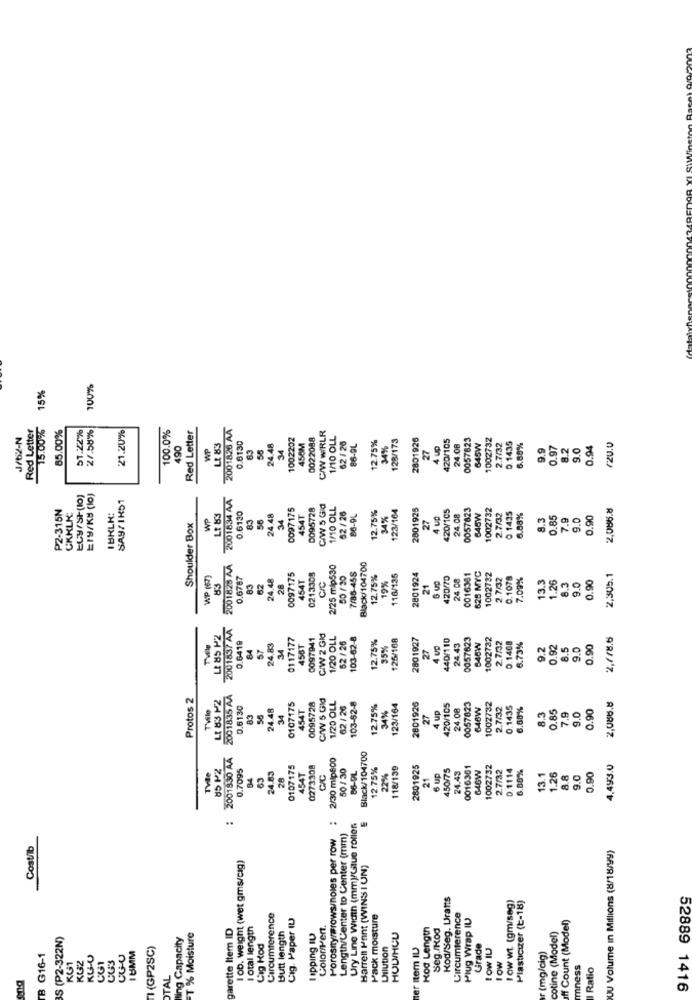
15%
100%
Red Letter
15.00%
85.00%
51.22%
21.58%
21.20%
Red Letter
2001826 AA
J/62-N
100.0%
1002202
0022088
C/W WIRLR
1/10 OLL
62 / 26
12.75%
128/173
2801926
420/105
0057623
1002732
0.1435
490
WP
Lt 83
24.48
34
456M
34%
27
4 up
24.08
645W
2.7/32
6.88%
9.9
0.97
8.2
9.0
0.94
20.0
ECy/SP(10)
£19/KB (lo)
SAY/IKS1
2001834 AA
P2-315N
0097175
0095728
C/W 5 GId
1/10 OLL
12.75%
123/164
2801925
420/105
0057823
1002732
2,086.8
CKKLK:
IBKLK:
WP
Lt 83
0.6130
83
56
24.48
34
4541
62 / 26
86-9L
34%
27
4 up
24.08
646W
2.7/32
0.1435
6.88%
8.3
0.85
7.9
9.0
0.90
Shoulder Box
2001828 AA
2/25 mlp530
Black/104700
WP (67)
83
24.48
0097175
454T
0213308
7/86-455
12.75%
19%
116/135
2801924
420/70
0016381
628 MYC
1002732
2.7/32
0.1078
7.09%
13.3
1.26
8.3
9.0
2,305.1
83
62
28
C/C
21
24.00
0.90
2001837 AA
LE 85 PZ
0117177
0097941
CIW 2 GId
1/20 OLL
62/ 26
103-62-8
12.75%
125/168
2801927
440/110
0057623
1002732
2,7/8.6
Two
84
57
24.83
456T
35%
27
4 up
24.43
846W
2.7.32
0.1408
6.73%
9.2
0.92
8.5
9.0
0.90
34
Protos 2
Lt 83 P2
2001835 AA
CIW 5 GId
Tvile
0.6130
24.48
0107175
4541
0095728
1/20 OLL
62 / 26
103-52-8
12.75%
34%
123/164
2801926
420/105
24.08
0057623
646W
1002732
2.7/32
0.1435
6.68%
0.85
0.90
2,086.8
83
34
27
4 up
8.3
7.9
9.0
2001830 AA
2/30 mip600
Black/104700
85 PZ
0.7095
24.83
0107175
0273308
50 1 30
12.75%
118/139
2801925
450/75
0016301
646W
1002732
2.7/32
0.1114
6.80%
4,493.0
84
63
28
454T
86-9L
22%
21
6 up
24.43
13.1
.26
8.8
9.0
0.90
:
:
Ury Line Width (mm)/Clue rollen
Porosityrmrows/noles per row
Length/Center to Center (mm)
Cost/lb
OU Volume In Millions (8/18/99)
1OD. weight (wet gms/cig)
Barren Pant (WINS I UN)
Kod/Seg. Uratts
low wt (gm/seg)
Plasticizer (t-18)
Circumference
Cig. Paper IL
Pack moisture
Circumference
Plug Wrap IU
off Count (Model)
garette Item ID
I otal length
Butt length
Colorent.
Kod Length
Seg./kod
S (P2-322N)
ling Capacity
T % Moisture
Cig Kod
topping IU
HULHLU
cotine (Model)
1 (GP2SC)
Dilution
er Item IL
Grade
LOW IU
B G16-1
KG-U
CU3
18MM
(mg/cig)
KG1
CG1
mness
Ratio
TAL
52889 1416